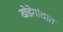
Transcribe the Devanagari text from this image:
खेडेगांवात